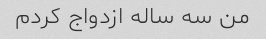
من سه ساله ازدواج کردم